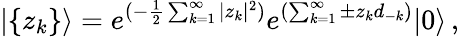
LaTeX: |\{ z_{k}\} \rangle=e^{(-\frac{1}{2}\sum_{k=1}^{\infty}|z_{k}|^{2})}e^{(\sum_{k=1}^{\infty}\pm z_{k}d_{-k})}|0\rangle\, ,